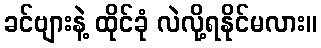
ခင်ဗျားနဲ့ ထိုင်ခုံ လဲလို့ရနိုင်မလား။